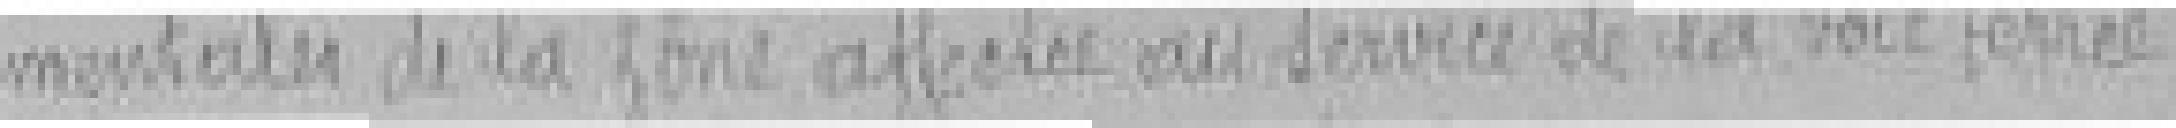
mentales de la zone affectée au service de la voie ferrée